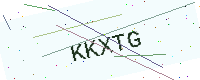
Text: KKXTG